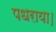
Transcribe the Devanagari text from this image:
पधराया।